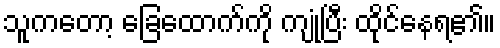
သူကတော့ ခြေထောက်ကို ကျုံ့ပြီး ထိုင်နေရ၏။